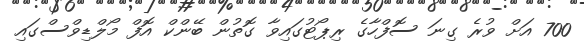
700 އަށް ވުރެ ގިނަ ސޮފްހާގެ ރިޕޯޓުގައިވާ ގޮތުން ބޭންކް އޮފް މޯލްޑިވްސްގައި